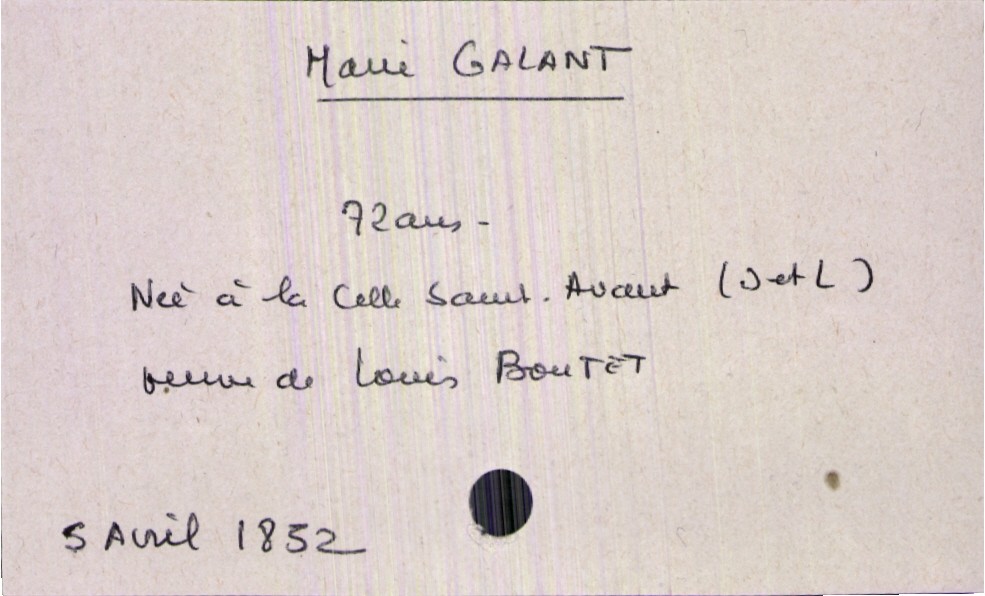
type_acte: Décès
année: 1852
mois: avril
jour: 5
défunt_nom: Galant
défunt_prénom: Marie
défunt_sexe: F
défunt_âge: 72 ans
défunt_lieu_de_naissance: La Celle Saint-Avant (Indre et Loire)
défunt_statut: veuf(ve)